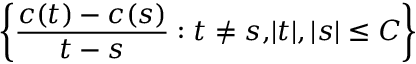
\left\{ { \frac { c ( t ) - c ( s ) } { t - s } } : t \neq s { , } | t | , | s | \leq C \right\}